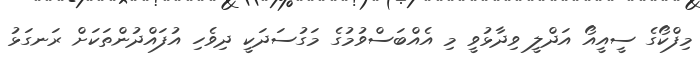
މިފްކޯގެ ސީއީއޯ އަދްލީ ވިދާޅުވީ މި އެއްބަސްވުމުގެ މަގުސަދަކީ ދިވެހި އުފައްދުންތަކަށް ރަނގަޅު